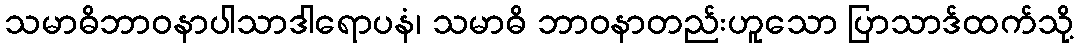
သမာဓိဘာဝနာပါသာဒါရောပနံ၊ သမာဓိ ဘာဝနာတည်းဟူသော ပြာသာဒ်ထက်သို့